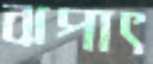
ঝপাৎ